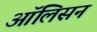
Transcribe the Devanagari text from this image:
ऑलिसन